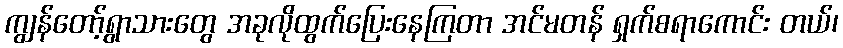
ကျွန်တော့်ရွာသားတွေ အခုလိုထွက်ပြေးနေကြတာ အင်မတန် ရှက်စရာကောင်း တယ်၊